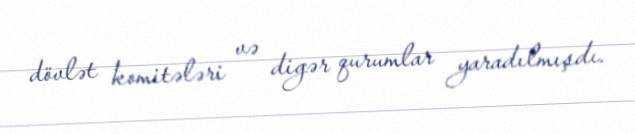
dövlət komitələri və digər qurumlar yaradılmışdı.